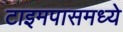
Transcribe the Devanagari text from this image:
टाइमपासमध्ये